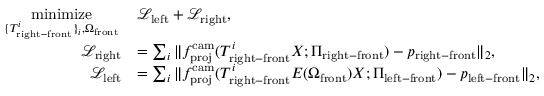
\begin{array} { r l } { \underset { \{ T _ { \mathrm { r i g h t - f r o n t } } ^ { i } \} _ { i } , \Omega _ { \mathrm { f r o n t } } } { \mathrm { m i n i m i z e } } \, } & { \mathcal { L } _ { \mathrm { l e f t } } + \mathcal { L } _ { \mathrm { r i g h t } } , } \\ { \mathcal { L } _ { \mathrm { r i g h t } } } & { = \sum _ { i } \| f _ { \mathrm { p r o j } } ^ { \mathrm { c a m } } ( T _ { \mathrm { r i g h t - f r o n t } } ^ { i } X ; \Pi _ { \mathrm { r i g h t - f r o n t } } ) - p _ { \mathrm { r i g h t - f r o n t } } \| _ { 2 } , } \\ { \mathcal { L } _ { \mathrm { l e f t } } } & { = \sum _ { i } \| f _ { \mathrm { p r o j } } ^ { \mathrm { c a m } } ( T _ { \mathrm { r i g h t - f r o n t } } ^ { i } E ( \Omega _ { \mathrm { f r o n t } } ) X ; \Pi _ { \mathrm { l e f t - f r o n t } } ) - p _ { \mathrm { l e f t - f r o n t } } \| _ { 2 } , } \end{array}